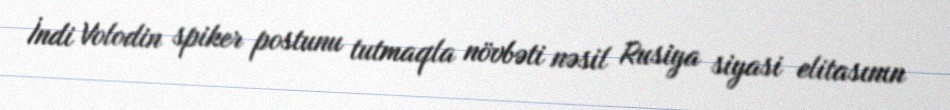
İndi Volodin spiker postunu tutmaqla növbəti nəsil Rusiya siyasi elitasının